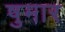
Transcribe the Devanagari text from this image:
षुमार